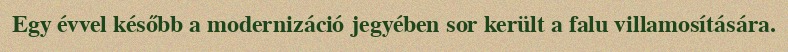
Egy évvel később a modernizáció jegyében sor került a falu villamosítására.